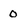
Character: 0